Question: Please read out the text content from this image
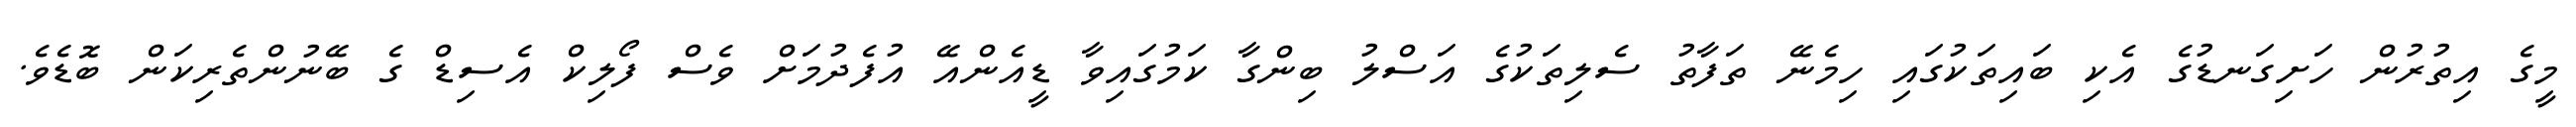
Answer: މީގެ އިތުރުން ހަށިގަނޑުގެ އެކި ބައިތަކުގައި ހިމެނޭ ތަފާތު ސެލިތަކުގެ އަސްލު ބިންގާ ކަމުގައިވާ ޑީއެންއޭ އުފެދުމަށް ވެސް ފޯލިކް އެސިޑް ގެ ބޭނުންތެރިކަން ބޮޑެވެ.